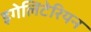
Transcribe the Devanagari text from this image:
इगेलिटेरियन